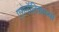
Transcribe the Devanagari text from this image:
एरोनॉटिकाच्या